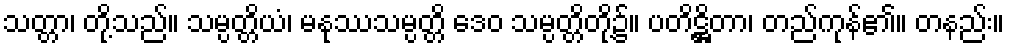
သတ္တာ၊ တို့သည်။ သမ္ပတ္တိယံ၊ မနုဿသမ္ပတ္တိ ဒေဝ သမ္ပတ္တိတို့၌။ ပတိဋ္ဌိတာ၊ တည်ကုန်၏။ တနည်း။